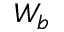
W _ { b }